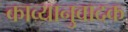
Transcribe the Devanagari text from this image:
काव्यानुवादक